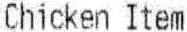
CHICKEN ITEM